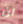
ان